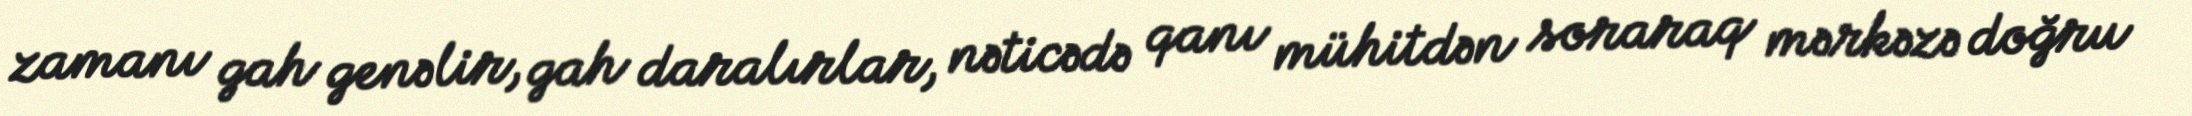
zamanı gah genəlir, gah daralırlar, nəticədə qanı mühitdən soraraq mərkəzə doğru